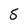
Character: S